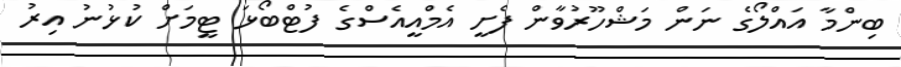
ބިންމާ އައްލޯގެ ނަން މަޝްހޫރުވާން ފެށީ އެމްއީއެސްގެ ފުޓްބޯޅަ ޓީމަށް ކުޅުނު އިރު